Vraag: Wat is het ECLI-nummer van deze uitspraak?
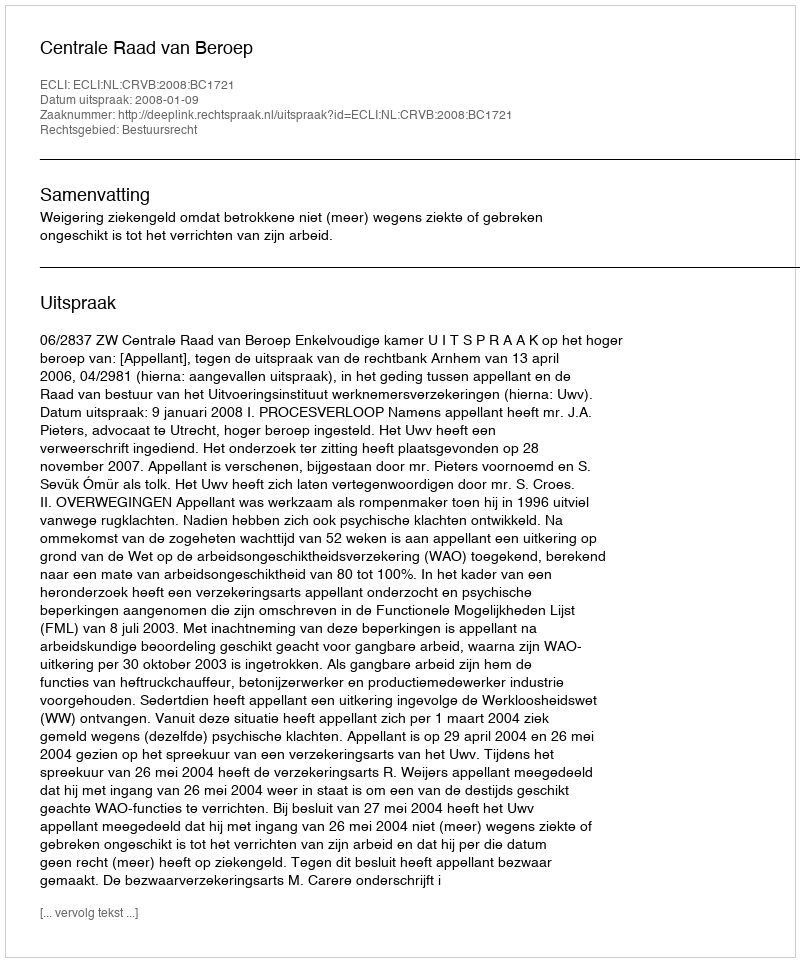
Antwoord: ECLI:NL:CRVB:2008:BC1721